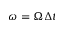
\omega = \Omega \Delta t